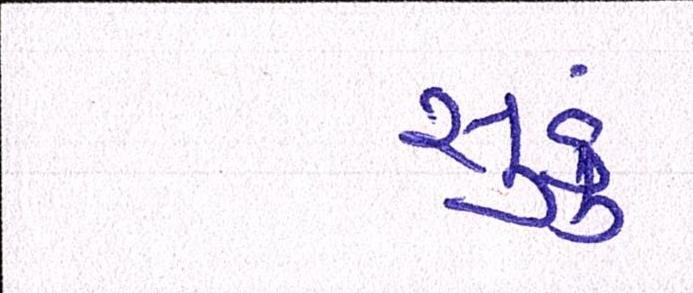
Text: સુકું